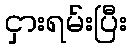
ငှားရမ်းပြီး